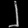
Digit: ၂